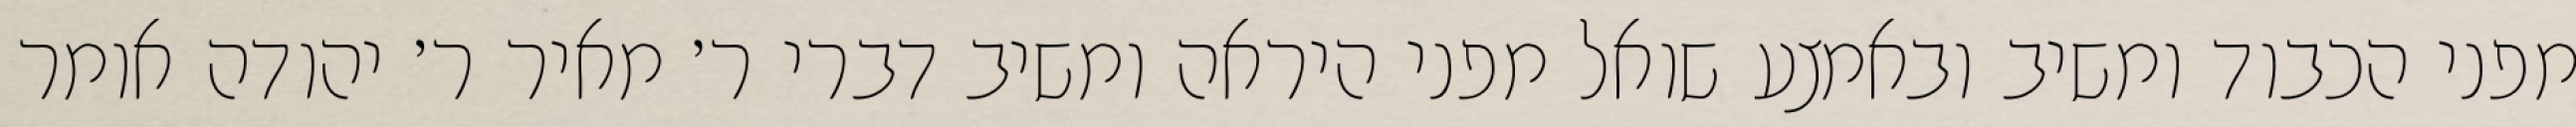
מפני הכבוד ומשיב ובאמצע שואל מפני היראה ומשיב דברי ר׳ מאיר ר׳ יהודה אומר